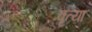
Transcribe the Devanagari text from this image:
वृत्या